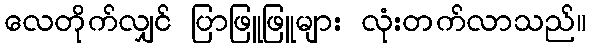
လေတိုက်လျှင် ပြာဖြူဖြူများ လုံးတက်လာသည်။